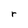
Character: r